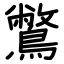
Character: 鷩